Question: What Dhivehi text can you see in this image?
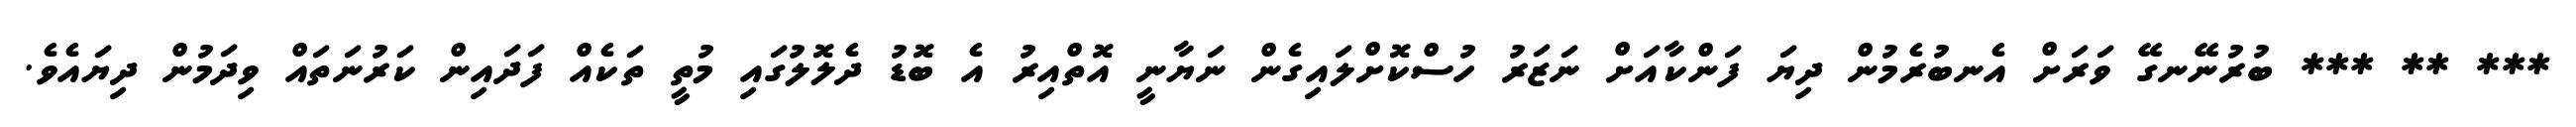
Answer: *** ** *** ބުރުނޭނގޭ ވަރަށް އެނބުރެމުން ދިޔަ ފަންކާއަށް ނަޒަރު ހުސްކޮށްލައިގެން ނަޔާނީ އޮތްއިރު އެ ބޮޑު ދެލޮލުގައި މުތީ ތަކެއް ފަދައިން ކަރުނަތައް ވިދަމުން ދިޔައެވެ.